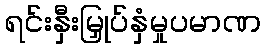
ရင်းနှီးမြှုပ်နှံမှုပမာဏ